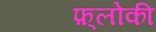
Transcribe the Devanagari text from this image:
फ़्लोकी